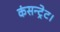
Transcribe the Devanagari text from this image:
कंसन्ट्रेट।